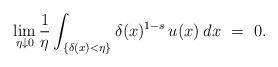
\begin{align*}\lim_{\eta\downarrow 0}\frac 1\eta\int_{\{\delta(x)<\eta\}}\delta(x)^{1-s}\, u(x)\:dx\ =\ 0.\end{align*}